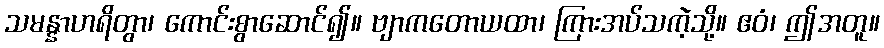
သမန္နာဟရိတွာ၊ ကောင်းစွာဆောင်၍။ ဗျာကတောယထာ၊ ကြားအပ်သကဲ့သို့။ ဧဝံ၊ ဤအတူ။